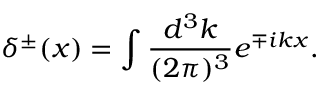
\delta ^ { \pm } ( x ) = \int \frac { d ^ { 3 } k } { ( 2 \pi ) ^ { 3 } } e ^ { \mp i k x } .